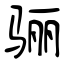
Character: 骊